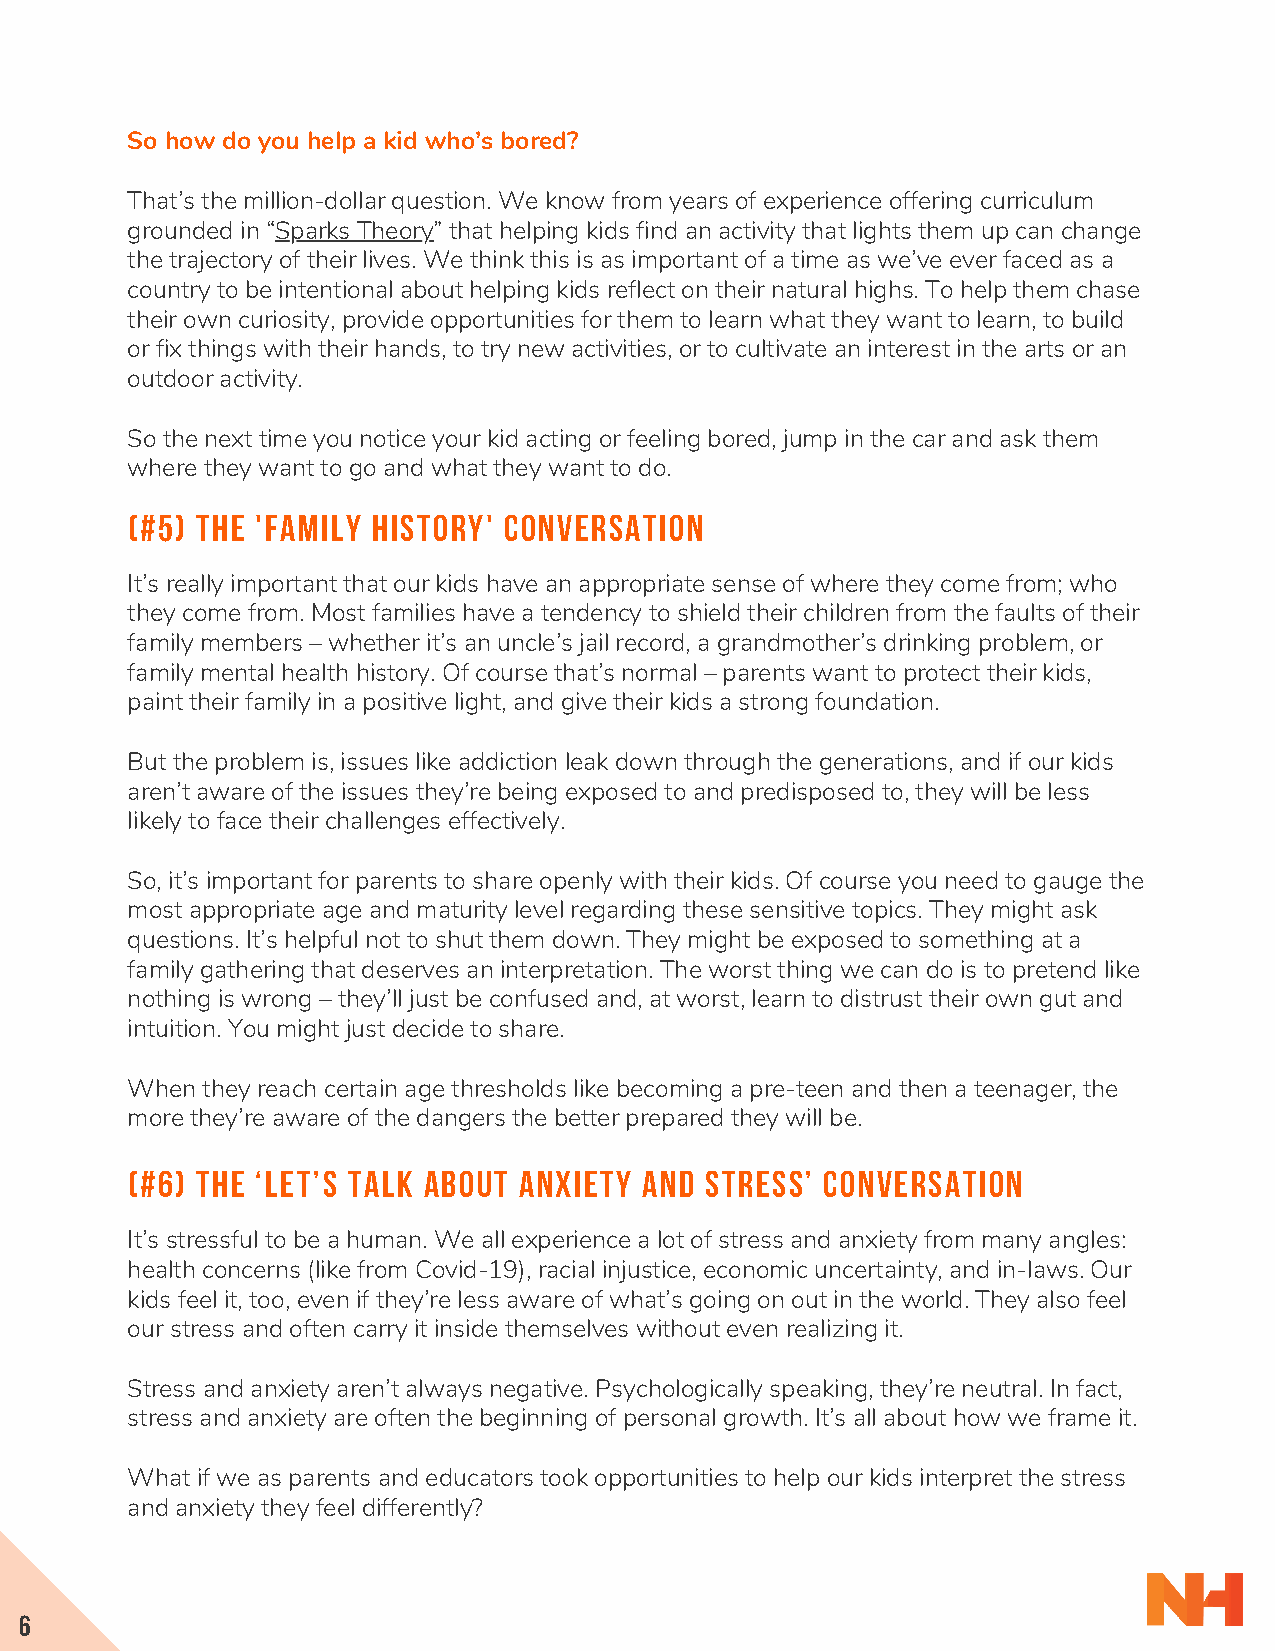
So how do you help a kid who’s bored?
 That’s the million-dollar question. We know from years of experience offering curriculum
 grounded in “Sparks Theory” that helping kids find an activity that lights them up can change
 the trajectory of their lives. We think this is as important of a time as we’ve ever faced as a
 country to be intentional about helping kids reflect on their natural highs. To help them chase
 their own curiosity, provide opportunities for them to learn what they want to learn, to build
 or fix things with their hands, to try new activities, or to cultivate an interest in the arts or an
 outdoor activity.
 So the next time you notice your kid acting or feeling bored, jump in the car and ask them
 where they want to go and what they want to do.
 (#5) THE 'FAMILY HISTORY' CONVERSATION
 It’s really important that our kids have an appropriate sense of where they come from; who
 they come from. Most families have a tendency to shield their children from the faults of their
 family members – whether it’s an uncle’s jail record, a grandmother’s drinking problem, or
 family mental health history. Of course that’s normal – parents want to protect their kids,
 paint their family in a positive light, and give their kids a strong foundation.
 But the problem is, issues like addiction leak down through the generations, and if our kids
 aren’t aware of the issues they’re being exposed to and predisposed to, they will be less
 likely to face their challenges effectively.
 So, it’s important for parents to share openly with their kids. Of course you need to gauge the
 most appropriate age and maturity level regarding these sensitive topics. They might ask
 questions. It’s helpful not to shut them down. They might be exposed to something at a
 family gathering that deserves an interpretation. The worst thing we can do is to pretend like
 nothing is wrong – they’ll just be confused and, at worst, learn to distrust their own gut and
 intuition. You might just decide to share.
 When they reach certain age thresholds like becoming a pre-teen and then a teenager, the
 more they’re aware of the dangers the better prepared they will be.
 (#6) THE ‘LET’S TALK ABOUT ANXIETY AND STRESS’ CONVERSATION
 It’s stressful to be a human. We all experience a lot of stress and anxiety from many angles:
 health concerns (like from Covid-19), racial injustice, economic uncertainty, and in-laws. Our
 kids feel it, too, even if they’re less aware of what’s going on out in the world. They also feel
 our stress and often carry it inside themselves without even realizing it.
 Stress and anxiety aren’t always negative. Psychologically speaking, they’re neutral. In fact,
 stress and anxiety are often the beginning of personal growth. It’s all about how we frame it.
 What if we as parents and educators took opportunities to help our kids interpret the stress
 and anxiety they feel differently?
 6